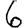
Digit: 6